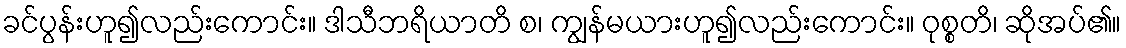
ခင်ပွန်းဟူ၍လည်းကောင်း။ ဒါသီဘရိယာတိ စ၊ ကျွန်မယားဟူ၍လည်းကောင်း။ ဝုစ္စတိ၊ ဆိုအပ်၏။